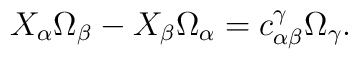
X_{\alpha}\Omega _{\beta}-X_{\beta}\Omega _{\alpha}=c_{\alpha \beta}^{\gamma}\Omega _{\gamma} .